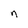
Character: n